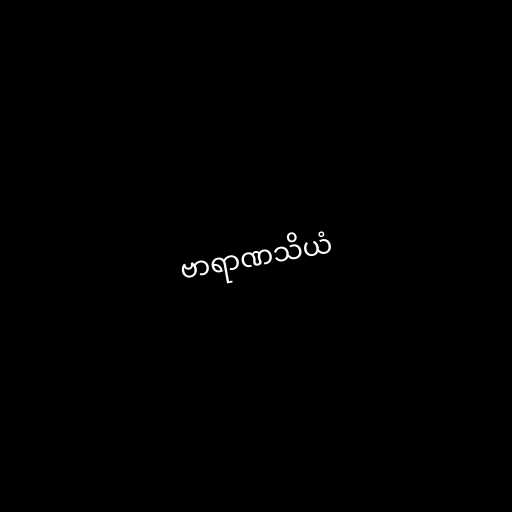
ဗာရာဏသိယံ